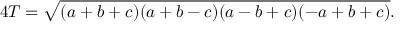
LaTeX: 4 T = { \sqrt { ( a + b + c ) ( a + b - c ) ( a - b + c ) ( - a + b + c ) } } .